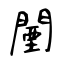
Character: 闉